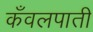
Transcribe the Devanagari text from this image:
कँवलपाती